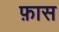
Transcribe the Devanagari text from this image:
फ़ास